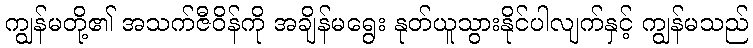
ကျွန်မတို့၏ အသက်ဇီဝိန်ကို အချိန်မရွေး နုတ်ယူသွားနိုင်ပါလျက်နှင့် ကျွန်မသည်